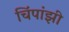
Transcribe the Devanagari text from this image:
चिंपांझी